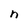
Character: n